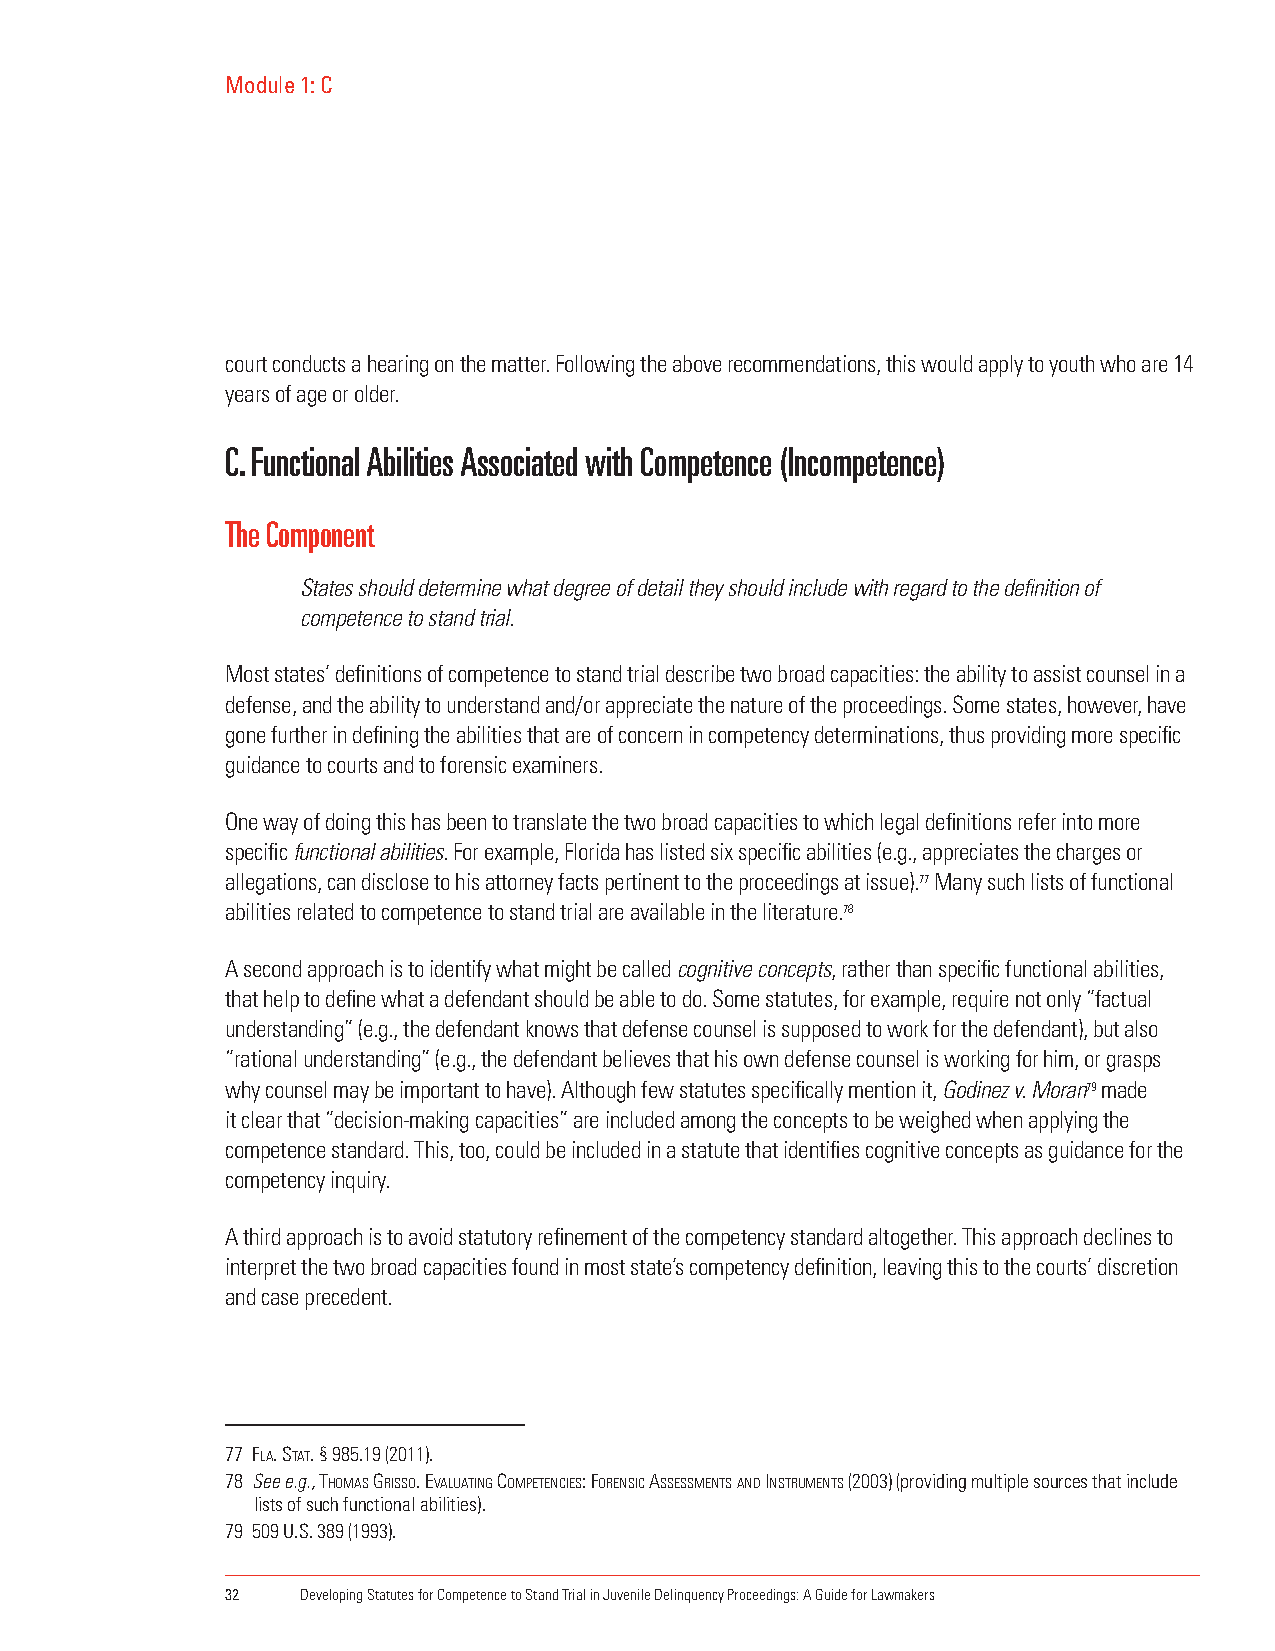
Module 1: C
 court conducts a hearing on the matter. Following the above recommendations, this would apply to youth who are 14
 years of age or older.
 C. Functional Abilities Associated with Competence (Incompetence)
 The Component
 States should determine what degree of detail they should include with regard to the definition of
 competence to stand trial.
 Most states’ definitions of competence to stand trial describe two broad capacities: the ability to assist counsel in a
 defense, and the ability to understand and/or appreciate the nature of the proceedings. Some states, however, have
 gone further in defining the abilities that are of concern in competency determinations, thus providing more specific
 guidance to courts and to forensic examiners.
 One way of doing this has been to translate the two broad capacities to which legal definitions refer into more
 specific functional abilities. For example, Florida has listed six specific abilities (e.g., appreciates the charges or
 allegations, can disclose to his attorney facts pertinent to the proceedings at issue).77 Many such lists of functional
 abilities related to competence to stand trial are available in the literature.78
 A second approach is to identify what might be called cognitive concepts, rather than specific functional abilities,
 that help to define what a defendant should be able to do. Some statutes, for example, require not only “factual
 understanding” (e.g., the defendant knows that defense counsel is supposed to work for the defendant), but also
 “rational understanding” (e.g., the defendant believes that his own defense counsel is working for him, or grasps
 why counsel may be important to have). Although few statutes specifically mention it, Godinez v. Moran79 made
 it clear that “decision-making capacities” are included among the concepts to be weighed when applying the
 competence standard. This, too, could be included in a statute that identifies cognitive concepts as guidance for the
 competency inquiry.
 A third approach is to avoid statutory refinement of the competency standard altogether. This approach declines to
 interpret the two broad capacities found in most state’s competency definition, leaving this to the courts’ discretion
 and case precedent.
 77 fla. stat. § 985.19 (2011).
 78 See e.g., thomas GRIsso. eValuatInG comPetencIes: foRensIc assessments anD InstRuments (2003) (providing multiple sources that include
 lists of such functional abilities).
 79 509 U.S. 389 (1993).
 32   Developing Statutes for Competence to Stand Trial in Juvenile Delinquency Proceedings: A Guide for Lawmakers